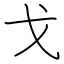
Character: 戈